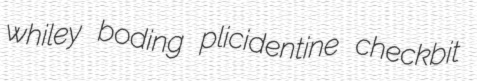
whiley boding plicidentine checkbit